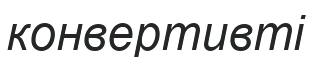
конвертивті